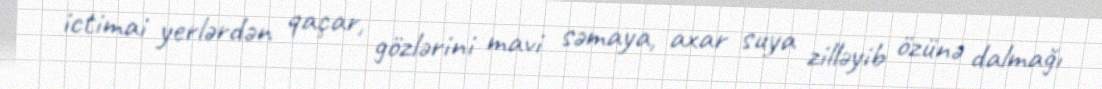
ictimai yerlərdən qaçar, gözlərini mavi səmaya, axar suya zilləyib özünə dalmağı